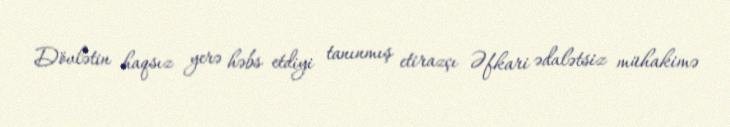
Dövlətin haqsız yerə həbs etdiyi tanınmış etirazçı Əfkari ədalətsiz mühakimə